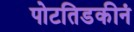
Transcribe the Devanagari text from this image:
पोटतिडकीनं